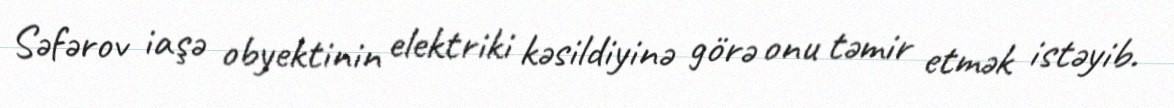
Səfərov iaşə obyektinin elektriki kəsildiyinə görə onu təmir etmək istəyib.